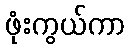
ဖုံးကွယ်ကာ